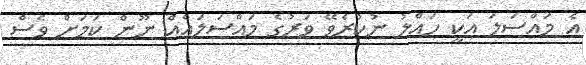
އެ މައްސަލަ އަކީ ހައްލު ނުކުރެވޭ ވަރުގެ މައްސަލައެއް ނޫން ކަމަށް ވެސް